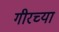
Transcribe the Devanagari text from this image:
गीरच्या